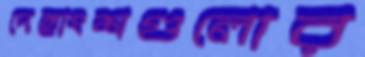
দেহাংশগুলোর